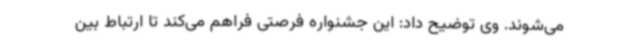
می‌شوند. وی توضیح داد: این جشنواره فرصتی فراهم می‌کند تا ارتباط بین